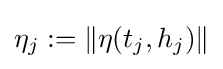
\eta _{j}:=\|\eta (t_{j},h_{j})\|